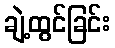
ချဲ့ထွင်ခြင်း